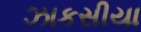
ઝાકસીયા